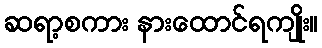
ဆရာ့စကား နားထောင်ရကျိုး။